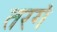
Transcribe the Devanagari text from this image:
तरगं